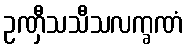
ဥဏှီသသီသလက္ခဏံ